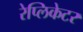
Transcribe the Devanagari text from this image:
रेप्लिकेटर